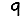
Digit: 9